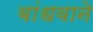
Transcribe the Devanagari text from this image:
बांधवाने